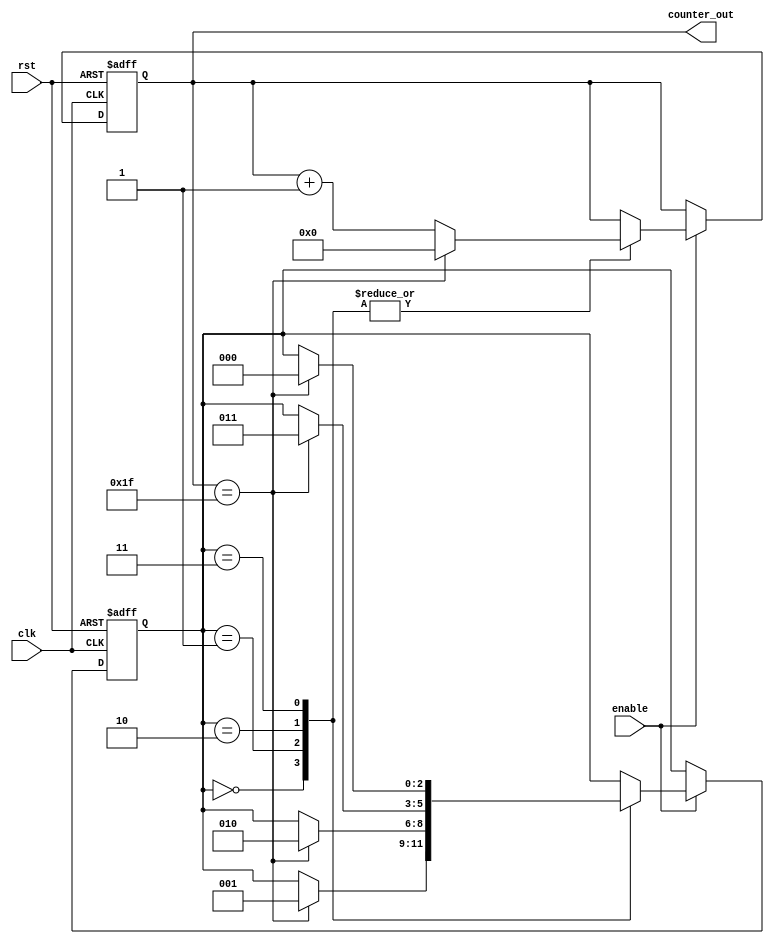
module Johnson_Counter_clock_divider (
    input wire clk, // System clock input
    input wire rst, // Reset signal input
    input wire enable, // Enable signal input
    output reg [4:0] counter_out // Johnson counter output
);

reg [4:0] count_reg;
reg [2:0] state;

always @(posedge clk or posedge rst) begin
    if (rst) begin
        count_reg <= 5'd0;
        state <= 3'd0;
    end else if (enable) begin
        case (state)
            3'd0: begin
                // State 0 logic
                if (count_reg == 5'd31) begin
                    count_reg <= 5'd0;
                    state <= 3'd1;
                end else begin
                    count_reg <= count_reg + 5'd1;
                end
            end
            3'd1: begin
                // State 1 logic
                if (count_reg == 5'd31) begin
                    count_reg <= 5'd0;
                    state <= 3'd2;
                end else begin
                    count_reg <= count_reg + 5'd1;
                end
            end
            3'd2: begin
                // State 2 logic
                if (count_reg == 5'd31) begin
                    count_reg <= 5'd0;
                    state <= 3'd3;
                end else begin
                    count_reg <= count_reg + 5'd1;
                end
            end
            3'd3: begin
                // State 3 logic
                if (count_reg == 5'd31) begin
                    count_reg <= 5'd0;
                    state <= 3'd0;
                end else begin
                    count_reg <= count_reg + 5'd1;
                end
            end
        endcase
    end
end

assign counter_out = count_reg;

endmodule